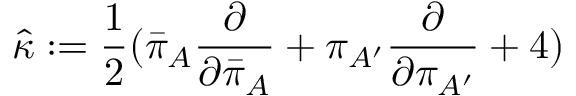
{ \hat { \kappa } } : = { \frac { 1 } { 2 } } { ( { \bar { \pi } } _ { A } { \frac { \partial } { \partial { \bar { \pi } } _ { A } } } + \pi _ { A ^ { \prime } } { \frac { \partial } { \partial \pi _ { A ^ { \prime } } } } + 4 ) }